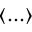
\left\langle . . . \right\rangle